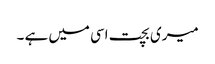
میری بچت اسی میں ہے ۔